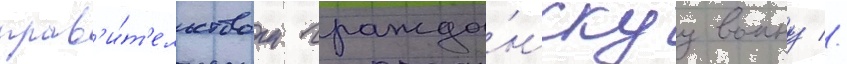
прав'и́т'ельством гражда́нскуу воину //